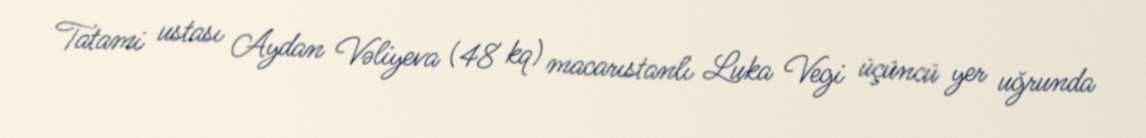
Tatami ustası Aydan Vəliyeva (48 kq) macarıstanlı Luka Vegi üçüncü yer uğrunda